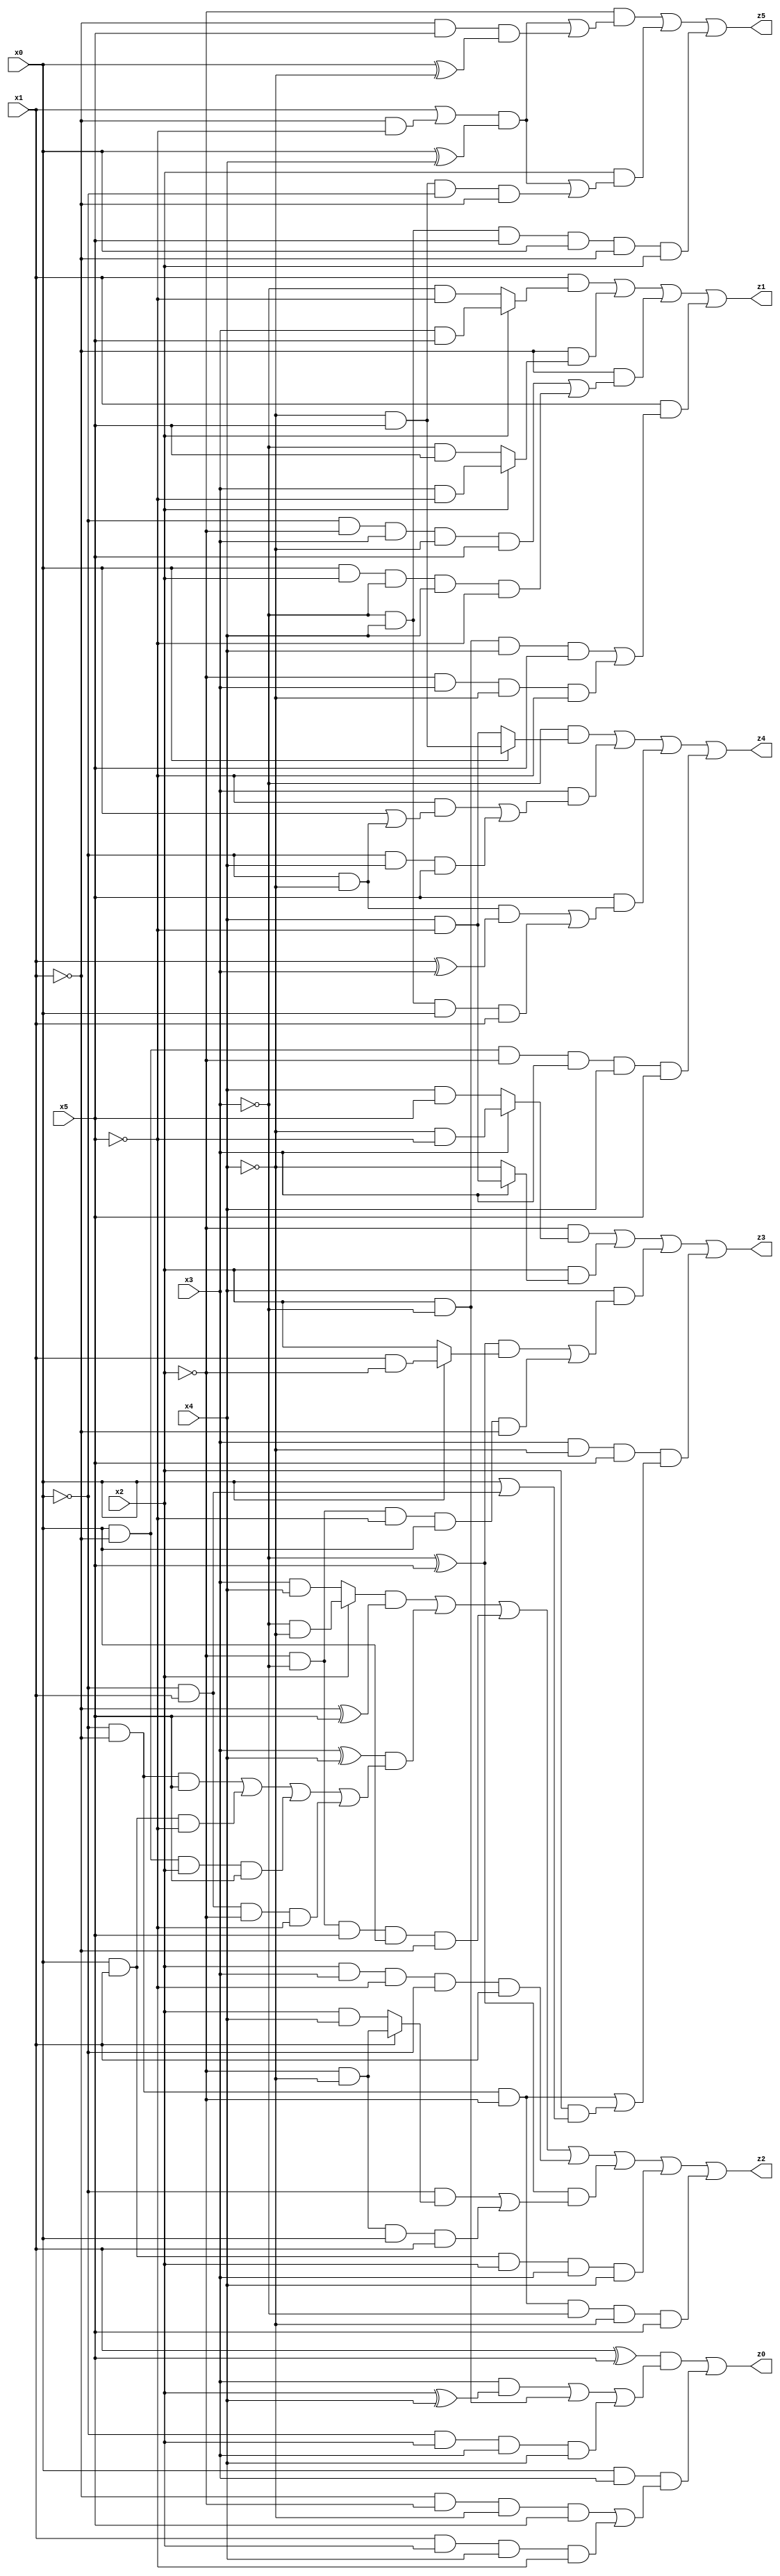
// Benchmark "X_4" written by ABC on Thu Jun 29 03:14:08 2023

module X_4 ( 
    x0, x1, x2, x3, x4, x5,
    z0, z1, z2, z3, z4, z5  );
  input  x0, x1, x2, x3, x4, x5;
  output z0, z1, z2, z3, z4, z5;
  assign z0 = ((x1 ^ x5) & ((x3 & (x2 ^ x4)) | (x2 & ~x3) | (~x0 & x2 & x3 & x4))) | (x0 & x3 & ((~x1 & ~x2 & ~x4 & x5) | (x1 & x2 & x4 & ~x5)));
  assign z1 = (x1 & (x2 ? (x3 & x5) : (~x3 & ~x5))) | (~x1 & (x2 ? (x3 & ~x5) : (~x3 & x5))) | (~x1 & ((~x0 & ~x2 & x3 & ~x4 & x5) | (x0 & x2 & ~x3 & x4 & ~x5))) | (x1 & ((x2 & ~x3 & x4 & x5) | (~x2 & x3 & ~x4 & ~x5)));
  assign z2 = ((x2 ? (~x3 & ~x4) : (x3 & x4)) & (~x1 ^ x5)) | ((x3 ^ x4) & ((~x0 & ~x1 & x5) | (x0 & x1 & ~x5) | (x0 & ~x1 & x2 & x5) | (~x0 & x1 & ~x2 & ~x5))) | (~x2 & ~x3 & x5 & x0 & ~x1) | (x2 & x3 & ~x5 & ~x0 & x1) | ((~x3 ^ x5) & ((~x0 & (x1 ? (~x2 & ~x4) : (x2 & x4))) | (~x2 & ~x4 & x0 & x1))) | (x0 & x1 & x2 & x3 & x4) | (~x0 & ~x1 & ~x2 & ~x3 & ~x4 & x5);
  assign z3 = (~x2 & (x3 ? (~x4 & ~x5) : (x4 & x5))) | (x2 & (x3 ? (x4 & ~x5) : ~x4)) | (x4 & (((~x3 ^ x5) & (x0 ? (x1 & ~x2) : x2)) | (~x2 & ~x3 & ~x5 & x0 & ~x1))) | (x3 & ~x4 & x5 & ((~x0 & ~x1 & ~x2) | (x2 & (x0 | (~x0 & x1)))));
  assign z4 = (~x3 & (x0 ? (~x4 & x5) : (x4 & ~x5))) | (x3 & ((~x5 & (x0 | (~x0 & ~x4))) | (~x0 & x4 & x5))) | (x5 & ((~x0 & ~x4 & (x1 ^ x3)) | (~x3 & x4 & x0 & x1))) | (x0 & ~x1 & ~x2 & x3 & x4 & x5);
  assign z5 = (~x2 & (((x1 | (~x1 & ~x5)) & (x0 ^ x4)) | (~x1 & x5 & (x0 ^ ~x4)))) | (x2 & (((x1 | (~x1 & ~x5)) & (x0 ^ x4)) | (~x4 & x5 & ~x0 & ~x1))) | (~x3 & x4 & x5 & x0 & ~x1 & x2);
endmodule